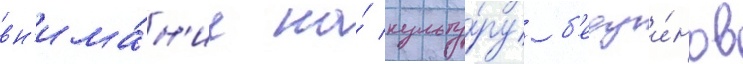
вн'има́н'ие на́ культу́ру б'едуи́нов